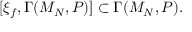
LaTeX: [ \xi _ { f } , \Gamma ( { \cal M } _ { N } , { \cal P } ) ] \subset \Gamma ( { \cal M } _ { N } , { \cal P } ) .